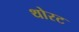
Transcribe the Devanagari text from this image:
थोरट